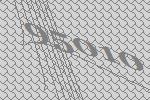
95010